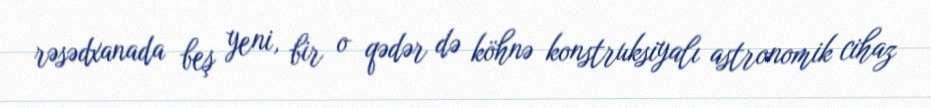
rəsədxanada beş yeni, bir o qədər də köhnə konstruksiyalı astronomik cihaz